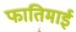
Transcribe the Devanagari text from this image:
फातिमाई